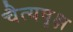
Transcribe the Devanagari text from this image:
चैत्यवृक्ष